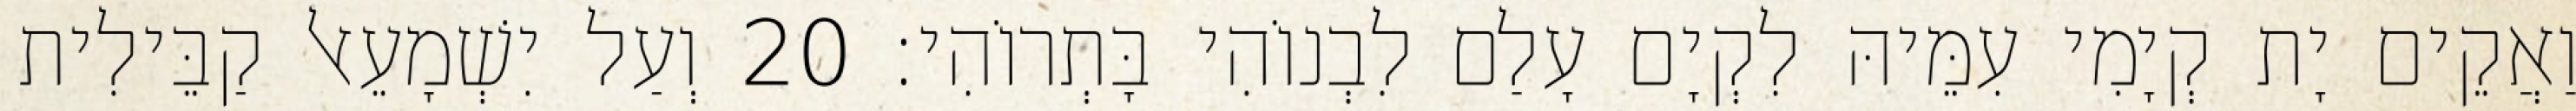
וַאֲקֵים יָת קְיָמִי עִמֵּיהּ לִקְיָם עָלַם לִבְנוֹהִי בָּתְרוֹהִי׃ 20 וְעַל יִשְׁמָעֵאל קַבֵּילִית